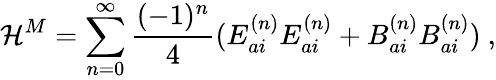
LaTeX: {\cal H}^{M}=\sum_{n=0}^{\infty}\frac{(-1)^{n}}{4}(E_{ai}^{(n)}E_{ai}^{(n)}+B_{ai}^{(n)}B_{ai}^{(n)})\ ,